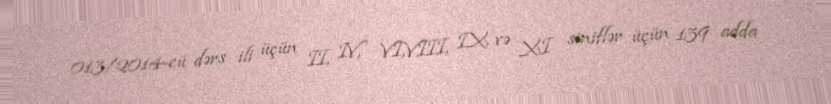
013/2014-cü dərs ili üçün II, IV, VI,VIII, IX və XI siniflər üçün 139 adda